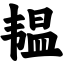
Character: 韫